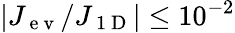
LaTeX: |J_{\mathrm{~e~v~}}/J_{\mathrm{~1~D~}}|\leq 10^{-2}